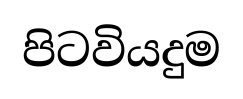
පිටවියදුම